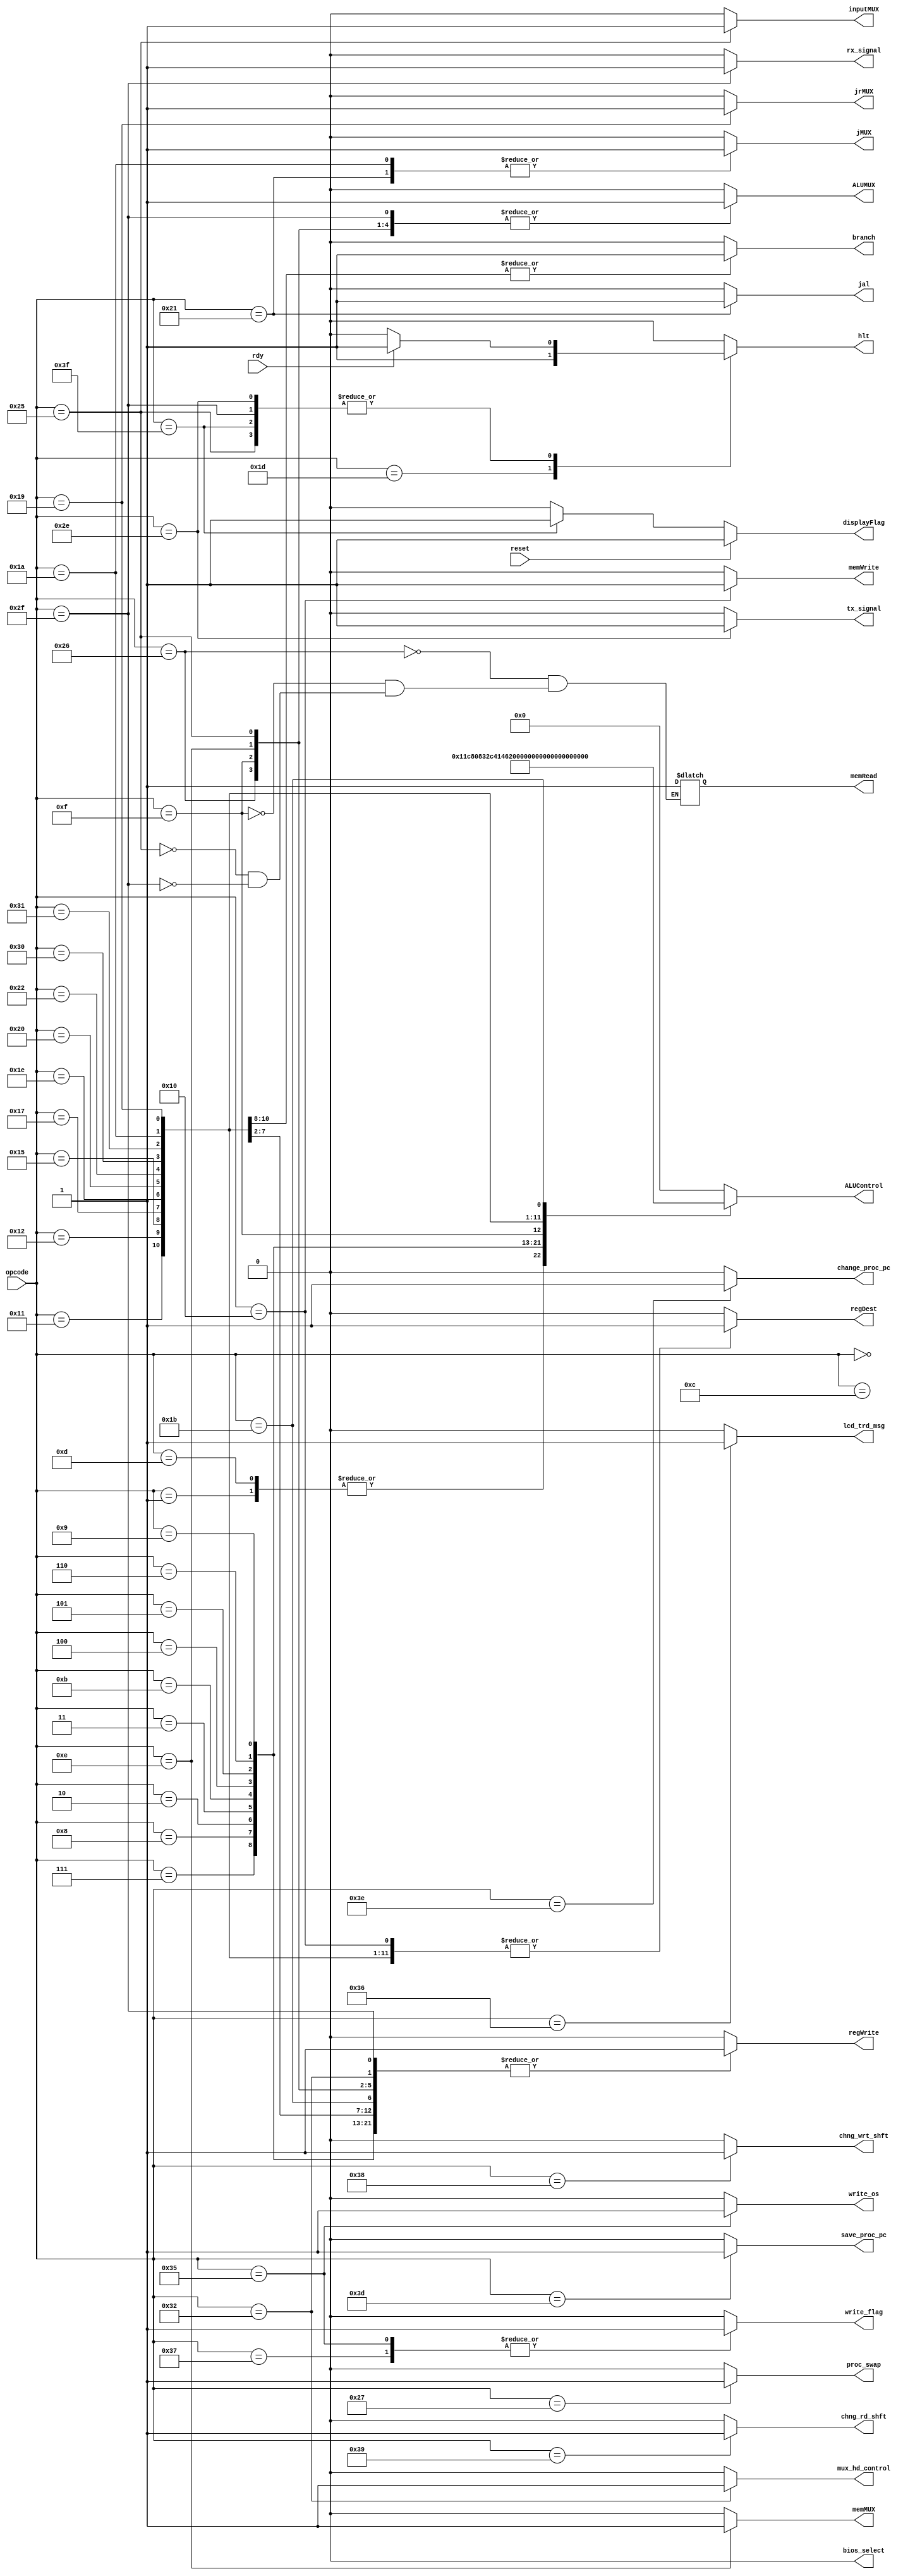
module controlUnit(rdy,opcode, ALUMUX, 
						regWrite, regDest, ALUControl, memWrite, 
						memRead, memMUX, inputMUX, branch, jMUX, jrMUX, displayFlag, hlt, reset, jal, bios_select,
						write_flag, write_os, mux_hd_control, lcd_trd_msg, proc_swap, chng_wrt_shft, chng_rd_shft,
						change_proc_pc, save_proc_pc, rx_signal, tx_signal);
	
	input rdy, reset;
	input [5:0]opcode;
	output reg hlt;				//flags do pc
	output reg branch;				//controle de branch
	output reg jMUX, jrMUX, jal; 		//controle de jumps
	output reg regDest;				//(regdst) mux antes do banco reg
	output reg regWrite; 			//controle de escrita 
	output reg ALUMUX;				//mux de antes da ALU
	output reg [5:0]ALUControl;	//contorle da ALU
	output reg memWrite;				//controle de escrita de memoria
	output reg memRead;				//controle de leitura de memoria
	output reg memMUX;				//MUX depois da DataMem
	output reg inputMUX;
	output reg displayFlag;	
	output reg bios_select;
	//output reg bios_reset;
	output reg write_flag; 			//flag de escrita na memoria de instrucoes
	output reg write_os; 			//flag de escrita na instmem a regiao do so
	output reg mux_hd_control; //flag de escolha da origem do dado
	output reg lcd_trd_msg;		//flag de trocar a mensagem do lcd
	output reg proc_swap;		//flag de troca de processo
	output reg chng_wrt_shft;	//flag de mudanca de shift de escrita
	output reg chng_rd_shft; //flag de mudanca de shift de leitura
	output reg change_proc_pc; //flag de mudar o pc do processo 
	output reg save_proc_pc; //flag para salvar o pc do processo
	//net lab
	output reg rx_signal; 	//flag para receive signal
	output reg tx_signal; 	//flag para transmit signal
	
	always @(*)
		begin
			//os valores base seguem os sinais de controle de uma instruo de tipo R
			regDest = 1'b1;
			regWrite = 1'b1;
			ALUControl = 6'b000000;
			ALUMUX = 1'b0;		
			memWrite = 1'b0;			
			memMUX = 1'b0;	
			branch = 1'b0;			
			hlt = 1'b0;		
			jrMUX = 1'b0;	
			jMUX = 1'b0;
			inputMUX = 1'b0;
			displayFlag = 1'b0;
			jal = 1'b0;	
			bios_select = 1'b0;
			//bios_reset = 1'b0;
			write_flag = 1'b0;
			write_os = 1'b0;
			mux_hd_control = 1'b0;
			lcd_trd_msg = 1'b0;
			proc_swap = 1'b0;
			chng_wrt_shft = 1'b0; 
			chng_rd_shft = 1'b0;
			change_proc_pc = 1'b0;
			save_proc_pc = 1'b0;
			rx_signal = 1'b0;
			tx_signal = 1'b0;
			
			case(opcode)
					6'b000000: //soma
						begin
						end
					6'b001100://soma com imediato
						begin
								ALUControl = 6'b000000;
								ALUMUX = 1'b1;
								regDest = 1'b0;
						end
					6'b000001: //subtrao
						begin
								ALUControl = 6'b000001;
						end
					6'b001101: //subtrao com imediato
						begin
								ALUMUX = 1'b1;
								ALUControl = 6'b000001;
								regDest = 1'b0;
						end
					6'b000111:	//multiplicacao
						begin
							ALUControl = 6'b000111;
						end
					6'b001000:	//divisao
						begin
							ALUControl = 6'b001000;
						end
					6'b000010:	//AND
						begin
							ALUControl = 6'b000010;
						end
					6'b000011: 	//OR
						begin
							ALUControl = 6'b000011;
						end
					6'b001011:	//XOR
						begin
							ALUControl = 6'b001011;
						end
					6'b000100:	//NOT
						begin
							ALUControl = 6'b000100;
						end
					6'b000101:	//shift left
						begin
							ALUControl = 6'b000101;
						end
					6'b000110: 	//shift right
						begin
							ALUControl = 6'b000110;
						end
					6'b001001:	//modulo
						begin
							ALUControl = 6'b001001;
						end

					6'b001110: 	//lw
						begin
							regDest = 1'b0;
							ALUMUX = 1'b1;
							memMUX = 1'b1;					
							//memRead = 1'b1;		
							//ALUControl = 6'b001110;
							ALUControl = 6'b000000;
						end
					6'b100110:	//la
						begin
							regDest = 1'b0;
							ALUMUX = 1'b1;
							memMUX = 1'b0;
							memRead = 1'b1;
							ALUControl = 6'b000000;
						end
					6'b001111:	//li
						begin
							regDest = 1'b0;
							ALUMUX = 1'b1;
							memMUX = 1'b0;
							memRead = 1'b1;
							//ALUControl = 6'b001111;
							ALUControl = 6'b001111;
						end
					6'b010000:	//sw
						begin
							ALUMUX = 1'b1;
							regWrite = 1'b0;
							memWrite = 1'b1;
							//ALUControl = 6'b010000;
							ALUControl = 6'b000000;
							//memMUX = 1'b1;
						end
					6'b010001: 	//beq
						begin
							branch = 1'b1;
							regWrite = 1'b0;							
							ALUControl = 6'b010001;
						end
					6'b010010:	//bneq
						begin
							branch = 1'b1;
							regWrite = 1'b0;	
							ALUControl = 6'b010010;
						end
					6'b010101: 	//bgt
						begin
							branch = 1'b1;
							regWrite = 1'b0;
							ALUControl = 6'b010101;
						end
					6'b010111:	//sget
						begin
							ALUControl = 6'b010111;
							ALUMUX = 1'b1;		
						end
					6'b011110: 	//set on equal 
						begin
							ALUControl = 6'b011110;
						end
					6'b100000:	//set on greater than
						begin
							ALUControl = 6'b100000;
						end
					6'b100010: //set different
						begin
							ALUControl = 6'b100010;
						end
					6'b110000:	//set less than
						begin
							ALUControl = 6'b110000;
						end
					6'b110001:	//set less equal than
						begin
							ALUControl = 6'b110001;
						end
					6'b011010: 	//jump
						begin
							regWrite = 1'b0;	
							jMUX = 1'b1;							
							ALUControl = 6'b011010;
						end
					6'b011001:  //jr
						begin
							regWrite = 1'b0;	
							jrMUX = 1'b1;		
							ALUControl = 6'b011001;
						end
					6'b100001:	//jal
						begin
							regWrite = 1'b0;	
							jMUX = 1'b1;							
							ALUControl = 6'b000000;
							jal = 1'b1;
						end
					6'b011011: 	//move	
						begin
							ALUControl = 6'b011011;
							ALUMUX = 1'b1;
							regDest = 1'b0;
						end
					6'b111111:	//output
						begin
							displayFlag = 1'b1;
							regDest = 1'b0;
							regWrite = 1'b0;
							if(rdy)	
								hlt = 1'b1;
							else
								hlt = 1'b0;							
						end
					6'b100101:	//input
						begin
							regDest = 1'b0;
							memMUX = 1'b0;
							memRead = 1'b1;
							inputMUX = 1'b1;
							ALUControl = 6'b000000;
							ALUMUX = 1'b1;
							if(rdy)	
								hlt = 1'b1;
							else
								hlt = 1'b0;								
						end
					6'b011100: 	//NOP
						begin
							regDest = 1'b0;
							regWrite = 1'b0;
						end
					6'b011101: 	//HALT
						begin
							hlt = 1'b1;
							regDest = 1'b0;
							regWrite = 1'b0;
						end
					/*6'b111110: 	//bios_select
						begin
							bios_select = 1'b1;
							regDest = 1'b0;
							regWrite = 1'b0;
							//bios_reset = 1'b1;
						end*/
					//SO
					6'b110010: //lhd
						begin
							regDest = 1'b0;
							mux_hd_control = 1'b1;
						end
					6'b110101: //smem
						begin
							regDest = 1'b0;
							regWrite = 1'b0;
							write_flag = 1'b1;
							write_os = 1'b1;
						end
					6'b110111: //smem_proc
						begin
							regDest = 1'b0;
							regWrite = 1'b0;
							write_flag = 1'b1;
							write_os = 1'b0;
						end
					6'b110110: //lcd
						begin
							regDest = 1'b0;
							regWrite = 1'b0;
							lcd_trd_msg = 1'b1;
						end
					6'b111000: //chwrt
						begin
							regDest = 1'b0;
							regWrite = 1'b0;
							chng_wrt_shft = 1'b1;
						end
					6'b111001: //chrd
						begin
							regDest = 1'b0;
							regWrite = 1'b0;
							chng_rd_shft = 1'b1;
						end
					6'b111101: //getpc
						begin
							regDest = 1'b0;
							regWrite = 1'b0;
							save_proc_pc = 1'b1;
						end
					6'b111110: //setpc
						begin						
						
							regDest = 1'b0;
							regWrite = 1'b0;
							change_proc_pc = 1'b1;
						end
					6'b100111: //sprc
						begin						
						
							regDest = 1'b0;
							regWrite = 1'b0;
							proc_swap = 1'b1;
						end
					6'b111010: //sysin
						begin						
						
							regDest = 1'b0;
							regWrite = 1'b0;
						end
					6'b111011: //sysout
						begin						
						
							regDest = 1'b0;
							regWrite = 1'b0;
						end
					6'b111100: //sysend
						begin							
							regDest = 1'b0;
							regWrite = 1'b0;
						end
					//net lab
					6'b101111: //rcv
						begin
							 regDest = 1'b0;
							 memMUX = 1'b0;
							 memRead = 1'b1;
							 rx_signal = 1'b1;
							 ALUControl = 6'b000000;
							 ALUMUX = 1'b1;
							 if(rdy) 
								  hlt = 1'b1;
							 else
								  hlt = 1'b0;                             
						end
					6'b101110: //snd
						begin
							 tx_signal = 1'b1;
							 regDest = 1'b0;
							 regWrite = 1'b0;
							 if(rdy) 
								  hlt = 1'b1;
							 else
								  hlt = 1'b0;                         
						end
				
					default:
						begin
							regDest = 1'b0;
							regWrite = 1'b0;
						end
		endcase
		if(reset)
		begin
			displayFlag = 1'b1;
		end
	end
	
	
endmodule